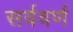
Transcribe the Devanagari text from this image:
सर्ववर्ण